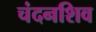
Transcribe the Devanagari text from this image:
चंदनशिव